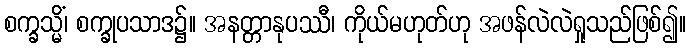
စက္ခသ္မိံ၊ စက္ခုပသာဒ၌။ အနတ္တာနုပဿီ၊ ကိုယ်မဟုတ်ဟု အဖန်လဲလဲရှုသည်ဖြစ်၍။